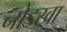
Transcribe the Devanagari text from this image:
नोडखा